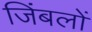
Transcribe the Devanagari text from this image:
जिंबलों